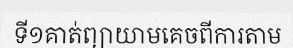
ទី១គាត់ព្យាយាមគេចពីការតាម